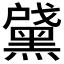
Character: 𲎖